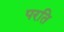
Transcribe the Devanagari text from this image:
परति